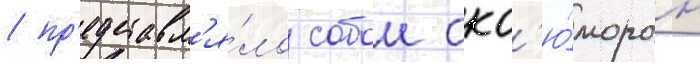
/ пр'едставл'я́ло собои окс'ю́морон